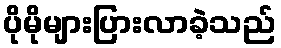
ပိုမိုများပြားလာခဲ့သည်